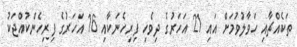
ތަކެއްޗާއި ހަވާލުވުމަށް އައި 21 އަހަރުގެ ދިވެހި ފިރިހެނަކާއި 16 އަހަރުގެ ފިރިހެންކުއްޖަކު